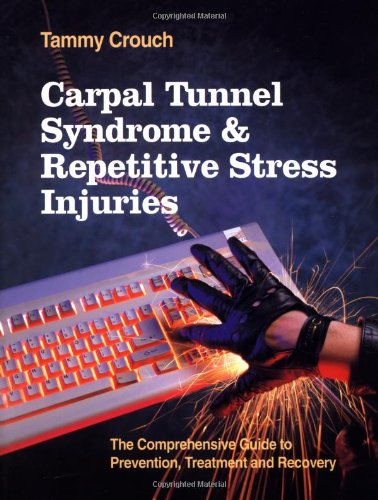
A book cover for Carpal Tunnel Syndrome and Repetitive Stress Injuries: The Comprehensive Guide to Prevention, Treatment, and Recovery; Tammy Crouch; Health, Fitness & Dieting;